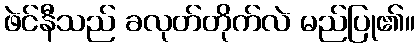
ဖဲင်နီသည် ခလုတ်တိုက်လဲ မည်ပြု၏။